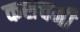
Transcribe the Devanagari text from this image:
कशचमी